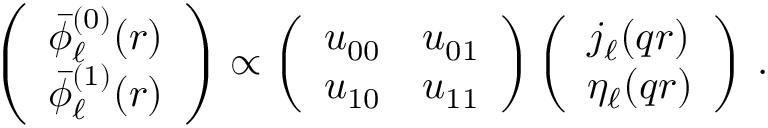
\left( \begin{array} { l } { \bar { \phi } _ { \ell } ^ { \mathrm { ( 0 ) } } ( r ) } \\ { \bar { \phi } _ { \ell } ^ { \mathrm { ( 1 ) } } ( r ) } \end{array} \right) \propto \left( \begin{array} { l l } { u _ { 0 0 } } & { u _ { 0 1 } } \\ { u _ { 1 0 } } & { u _ { 1 1 } } \end{array} \right) \left( \begin{array} { l } { j _ { \ell } ( q r ) } \\ { \eta _ { \ell } ( q r ) } \end{array} \right) \, .